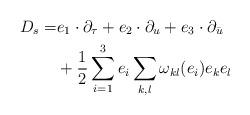
LaTeX: \begin{align*}D_{s}=&e_1\cdot\partial_{\tau}+e_2\cdot\partial_u+e_3\cdot\partial_{\bar{u}}\\&+\frac{1}{2}\sum_{i=1}^3e_i\sum_{k,l}\omega_{kl}(e_i)e_ke_l\end{align*}